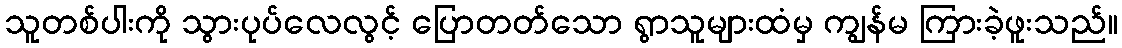
သူတစ်ပါးကို သွားပုပ်လေလွင့် ပြောတတ်သော ရွာသူများထံမှ ကျွန်မ ကြားခဲ့ဖူးသည်။